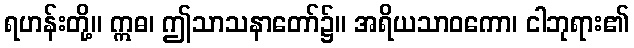
ရဟန်းတို့။ ဣဓ၊ ဤသာသနာတော်၌။ အရိယသာဝကော၊ ငါဘုရား၏